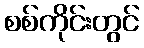
စစ်ကိုင်းတွင်